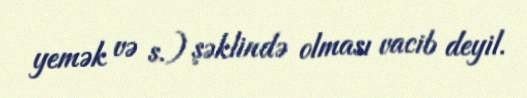
yemək və s.) şəklində olması vacib deyil.